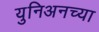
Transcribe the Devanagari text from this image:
युनिअनच्या